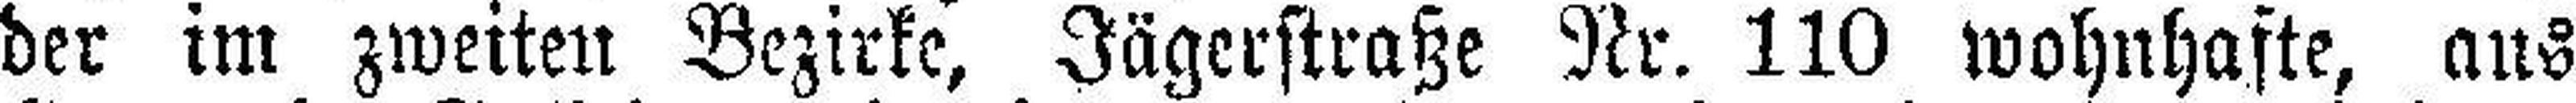
der im zweiten Bezirke, Jägerstraße Nr. 110 wohnhafte, aus